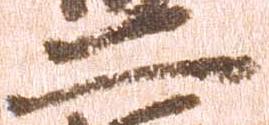
二